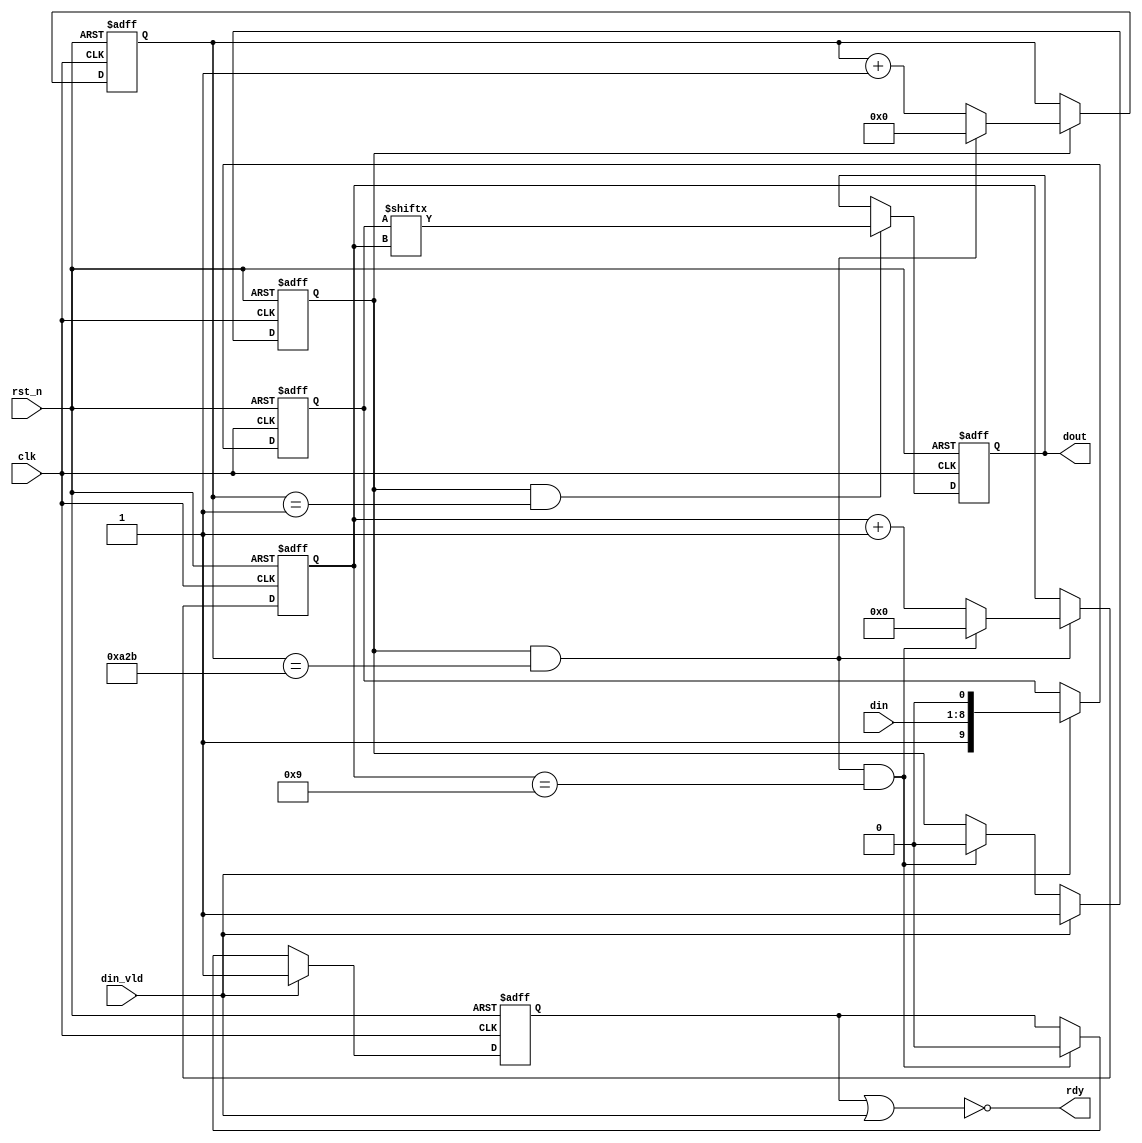
module uart_tx(
                 clk,
                 rst_n,
                 din,
                 din_vld,
                 rdy,
                 dout
             );

parameter         DATA_W = 8;
parameter       CNT_MAX = 2604;

input             clk;			
input             rst_n;		
input[DATA_W-1:0] din;
input             din_vld;	
output             rdy;
output            dout;

reg                 rdy_t;
reg  [11:0]         cnt0;
wire                add_cnt0;
wire                end_cnt0;

reg  [3:0]          cnt1;
wire                add_cnt1;
wire                end_cnt1;

reg                 flag_add;
reg  [9:0]          tx_data;

always @(posedge clk or negedge rst_n)begin
    if(!rst_n)begin
        cnt0 <= 0;
    end
    else if(add_cnt0)begin
        if(end_cnt0)
            cnt0 <= 0;
        else
            cnt0 <= cnt0 + 1;
    end
end

assign add_cnt0 = (flag_add == 1'b1);
assign end_cnt0 = add_cnt0 && cnt0== (CNT_MAX - 1);

always @(posedge clk or negedge rst_n)begin 
    if(!rst_n)begin
        cnt1 <= 0;
    end
    else if(add_cnt1)begin
        if(end_cnt1)
            cnt1 <= 0;
        else
            cnt1 <= cnt1 + 1;
    end
end

assign add_cnt1 = end_cnt0;
assign end_cnt1 = add_cnt1 && cnt1== (10 - 1);

always  @(posedge clk or negedge rst_n)begin
    if(rst_n==1'b0)begin
        flag_add <= 1'b0;
    end
    else if(din_vld == 1'b1)begin
        flag_add <= 1'b1;
    end
    else if(end_cnt1)begin
        flag_add <= 1'b0;
    end
end

always  @(posedge clk or negedge rst_n)begin
    if(rst_n==1'b0)begin
        tx_data <= 0;
    end
    else if(din_vld)begin
        tx_data <= {1'b1, din[7:0], 1'b0};
    end
end

always  @(posedge clk or negedge rst_n)begin
    if(rst_n==1'b0)begin
        rdy_t <= 1'b0;
    end
    else if(din_vld)begin
        rdy_t <= 1'b1;
    end
    else if(end_cnt1)begin
        rdy_t <= 1'b0;
    end
end

assign rdy = ~(rdy_t | din_vld);

always  @(posedge clk or negedge rst_n)begin
    if(rst_n==1'b0)begin
        dout <= 1'b1;
    end
    else if(add_cnt0 && (cnt0 == 1))begin
        dout <= tx_data[cnt1];
    end
end



endmodule